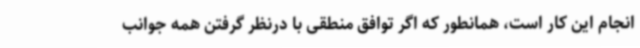
انجام این کار است، همانطور که اگر توافق منطقی با درنظر گرفتن همه جوانب